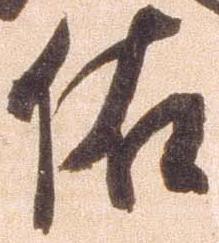
佑